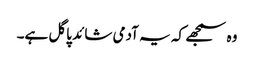
وہ سمجھے کہ یہ آدمی شائد پاگل ہے۔